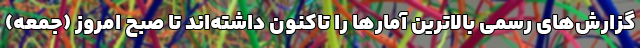
گزارش‌های رسمی بالاترین آمارها را تاکنون داشته‌اند تا صبح امروز (جمعه)